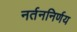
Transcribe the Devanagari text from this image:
नर्तननिर्णय